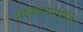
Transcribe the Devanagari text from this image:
संस्कारगापतिः